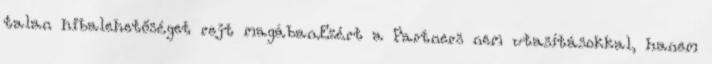
talan hibalehetőséget rejt magában.Ezért a Partners nem utasításokkal, hanem